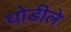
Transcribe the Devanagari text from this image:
घोडीले